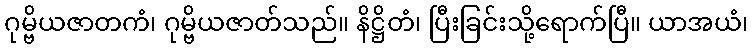
ဂုမ္ဗိယဇာတကံ၊ ဂုမ္ဗိယဇာတ်သည်။ နိဋ္ဌိတံ၊ ပြီးခြင်းသို့ရောက်ပြီ။ ယာအယံ၊